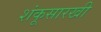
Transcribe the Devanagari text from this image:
शंकूसारखी